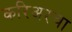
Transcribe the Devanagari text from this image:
करिअरचा